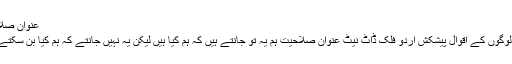
عنوان صلاحیت
بڑے لوگوں کے اقوال پیشکش اردو فلک ڈاٹ نیٹ عنوان صلاحیت ہم یہ تو جانتے ہیں کہ ہم کیا ہیں لیکن یہ نہیں جانتے کہ ہم کیا بن سکتے ہیں؟